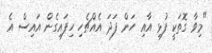
"މިވާ ގޮތަކީ ފުޅި އާއި ހަން ފަދަ އެއްޗެހި ހިފައިގެން އައިސް އެ